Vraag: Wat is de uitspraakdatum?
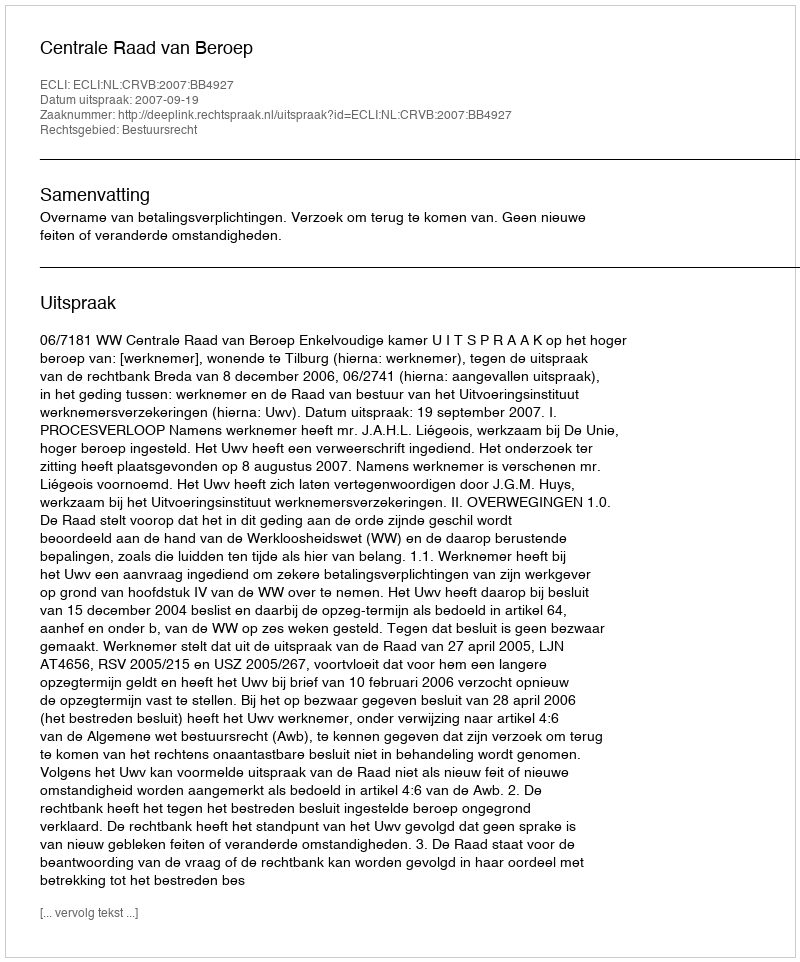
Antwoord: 2007-09-19